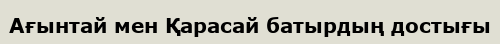
Ағынтай мен Қарасай батырдың достығы